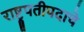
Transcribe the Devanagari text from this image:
राष्ट्रपतीपदाचे